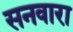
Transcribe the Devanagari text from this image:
सनवारा